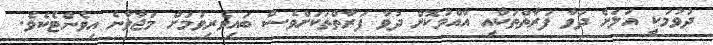
ދުވުމަކީ އަލަށް ދުވާ ފަރާތްތަކާއި އާއްމުކޮށް ދުވާ ފަރާތްތަކަށްވެސް ބައިވެރިވުމަށް މަޖާވާނެ އިވެންޓެކެވެ.